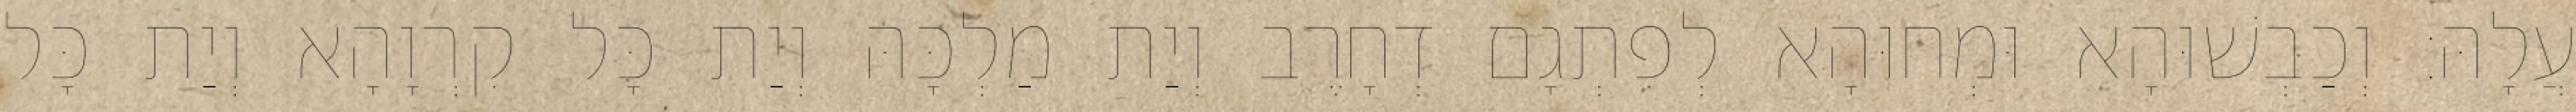
עֲלָהּ׃ וְכַבְשׁוּהָא וּמְחוּהָא לְפִתְגָם דְחָרֶב וְיַת מַלְכָּהּ וְיַת כָּל קִרְוָהָא וְיַת כָּל